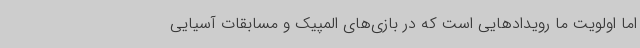
اما اولویت ما رویدادهایی است که در بازی‌های المپیک و مسابقات آسیایی